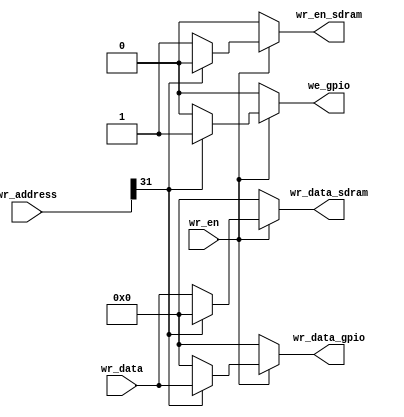
module mux_sdram
#(
   parameter DATA_WIDTH = 32,
   parameter ADDR_WIDTH = 32
      
)
(/*autoport*/
   // inputs
   input wr_en,
   input [DATA_WIDTH-1:0] wr_data,
   input [ADDR_WIDTH-1:0] wr_address,
   // outputs
   output reg [DATA_WIDTH-1:0] wr_data_gpio,
   output reg we_gpio,
   output reg [DATA_WIDTH-1:0] wr_data_sdram,
   output reg wr_en_sdram
);
//*******************************************************
//Outputs
//*******************************************************

always @(*) begin
   if (wr_en) begin
      if(wr_address[ADDR_WIDTH-1]==1) begin
         wr_data_gpio = wr_data;
         we_gpio =1;
         wr_en_sdram = 0;
         wr_data_sdram = {DATA_WIDTH{1'b0}};
      end
      else begin
         wr_data_gpio = {DATA_WIDTH{1'b0}};
         we_gpio = 0;
         wr_en_sdram = 1;
         wr_data_sdram = wr_data;
      end
   end
   else begin
      wr_data_gpio = {DATA_WIDTH{1'b0}};
      wr_en_sdram = 0;
      wr_data_sdram = {DATA_WIDTH{1'b0}};
      we_gpio = 0;
   end
end
endmodule